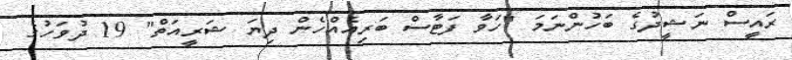
ރައީސް ނަޝީދުގެ ބަހުންނަމަ "ހަވާ ފަޓާސް ބަރިއެއްހެން ދިޔަ ޝަރީއަތް" 19 ދުވަހުގެ